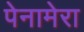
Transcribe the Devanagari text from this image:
पेनामेरा